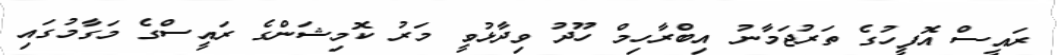
ރައީސް އޮފީހުގެ ތަރުޖަމާނު އިބްރާހިމް ހޫދު ވިދާޅުވީ މަރު ކޮމިޝަންގެ ރައީސްގެ މަގާމުގައި